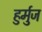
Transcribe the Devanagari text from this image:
हुर्मुज